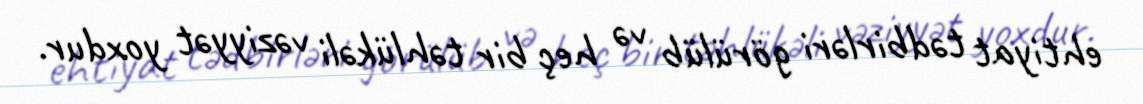
ehtiyat tədbirləri görülüb və heç bir təhlükəli vəziyyət yoxdur.